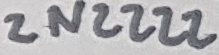
Text: 2N2222